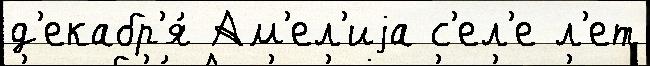
д'екабр'я́ Ам'ел'иjа с'ел'е л'ет